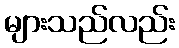
များသည်လည်း